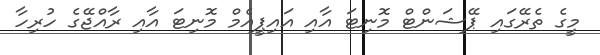
މީގެ ތެރޭގައި ޕޭޝަންޓް މޮނިޓަ އާއި އައިޕީއެމް މޮނިޓަ އާއި ރާއްޖޭގެ ހުރިހާ